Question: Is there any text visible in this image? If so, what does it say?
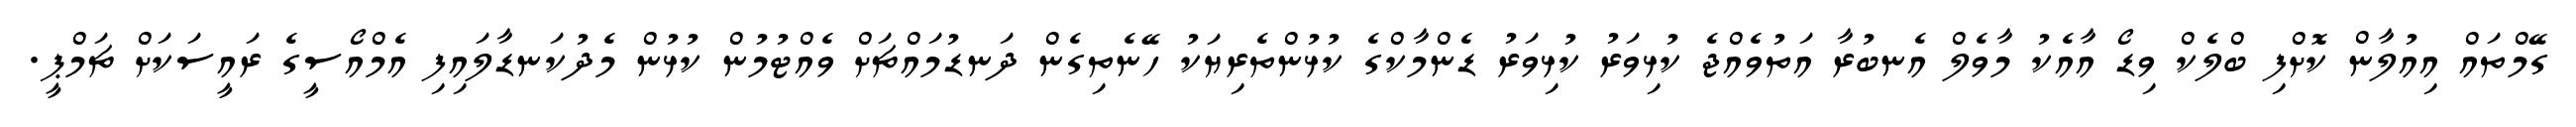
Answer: ގޭމްތައް އިއުލާން ކޮށްފި ބްލެކް ވިޑޯ އާއެކު މާވެލް އެނބުރާ އަތުވެއްޖެ ކުޅިވަރު ކުޅިވަރު ޑެންމާކްގެ ކުޅުންތެރިޔަކު ހޭނެތިގެން ދަނޑުމައްޗަށް ވެއްޓުމުން ކުޅުން މެދުކަނޑާލައިފި އެމްއޯސީގެ ރައީސަކަށް ޗަމްޕީ.